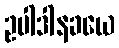
ဥပါဒါနခယေ